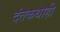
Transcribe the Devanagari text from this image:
दंतकथाही